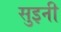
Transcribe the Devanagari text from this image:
सुइनी